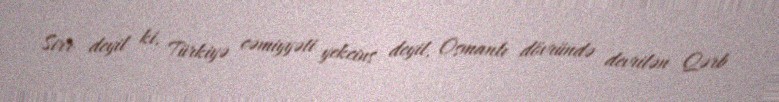
Sirr deyil ki, Türkiyə cəmiyyəti yekcins deyil, Osmanlı dövründə devrilən Qərb